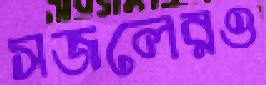
সজলেরও